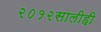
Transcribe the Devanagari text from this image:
२०१२सालीही